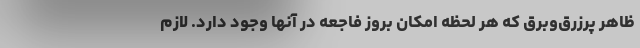
ظاهر پرزرق‌وبرق که هر لحظه امکان بروز فاجعه در آنها وجود دارد. لازم